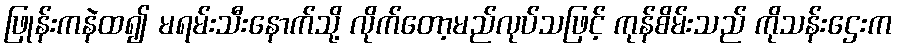
ဖြုန်းကနဲထ၍ မရမ်းသီးနောက်သို့ လိုက်တော့မည်လုပ်သဖြင့် ကုန်စိမ်းသည် ကိုသန်းဌေးက